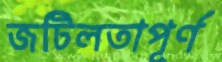
জটিলতাপূর্ণ